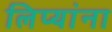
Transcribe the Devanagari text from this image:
लिप्यांना